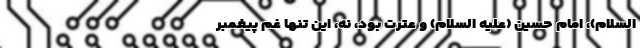
السلام)، امام حسین (علیه السلام) و عترت بود، نه، این تنها غم پیغمبر